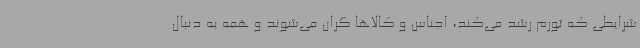
شرایطی که تورم رشد می‌کند، اجناس و کالاها گران می‌شوند و همه به دنبال